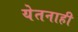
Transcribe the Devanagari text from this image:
येतनाही